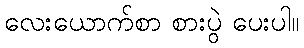
လေးယောက်စာ စားပွဲ ပေးပါ။